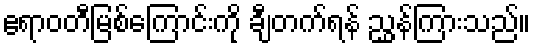
ဧရာဝတီမြစ်ကြောင်းကို ချီတက်ရန် ညွှန်ကြားသည်။